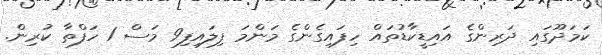
ކަމަދޫގައި ދަރިންގެ އައިޑީކާޑުތައް ހިފައިގެންގެ މަންމަ ފިލައިފި9 މަސް 1 ހަފްތާ ކުރިން.